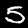
Label: 5